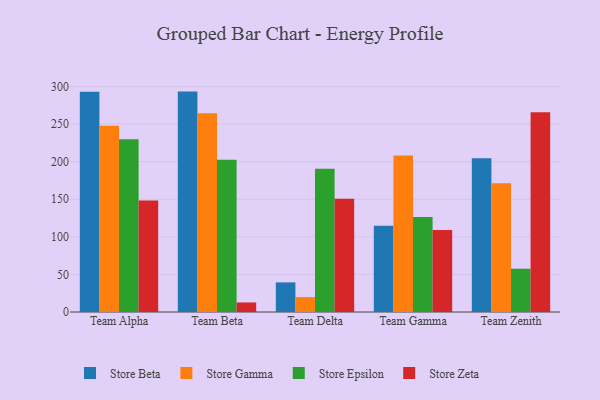
{"axis": {"x": "Team", "y": "LTV (USD)"}, "legend": ["Store Beta", "Store Epsilon", "Store Gamma", "Store Zeta"], "data": [{"x": "Team Alpha", "y": 293.0, "type": "Store Beta"}, {"x": "Team Alpha", "y": 247.9, "type": "Store Gamma"}, {"x": "Team Alpha", "y": 229.7, "type": "Store Epsilon"}, {"x": "Team Alpha", "y": 148.2, "type": "Store Zeta"}, {"x": "Team Beta", "y": 293.2, "type": "Store Beta"}, {"x": "Team Beta", "y": 264.3, "type": "Store Gamma"}, {"x": "Team Beta", "y": 202.4, "type": "Store Epsilon"}, {"x": "Team Beta", "y": 12.7, "type": "Store Zeta"}, {"x": "Team Delta", "y": 39.4, "type": "Store Beta"}, {"x": "Team Delta", "y": 19.8, "type": "Store Gamma"}, {"x": "Team Delta", "y": 190.5, "type": "Store Epsilon"}, {"x": "Team Delta", "y": 150.7, "type": "Store Zeta"}, {"x": "Team Gamma", "y": 114.7, "type": "Store Beta"}, {"x": "Team Gamma", "y": 208.3, "type": "Store Gamma"}, {"x": "Team Gamma", "y": 126.3, "type": "Store Epsilon"}, {"x": "Team Gamma", "y": 109.0, "type": "Store Zeta"}, {"x": "Team Zenith", "y": 204.6, "type": "Store Beta"}, {"x": "Team Zenith", "y": 171.2, "type": "Store Gamma"}, {"x": "Team Zenith", "y": 57.6, "type": "Store Epsilon"}, {"x": "Team Zenith", "y": 265.6, "type": "Store Zeta"}]}